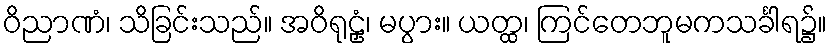
ဝိညာဏံ၊ သိခြင်းသည်။ အဝိရုဠှံ၊ မပွား။ ယတ္ထ၊ ကြင်တေဘူမကသင်္ခါရ၌။